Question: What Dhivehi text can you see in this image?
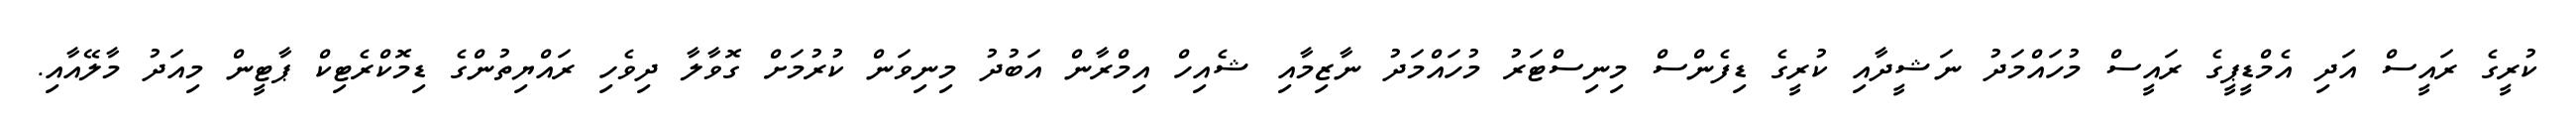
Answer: ކުރީގެ ރައީސް އަދި އެމްޑީޕީގެ ރައީސް މުހައްމަދު ނަޝީދާއި ކުރީގެ ޑިފެންސް މިނިސްޓަރު މުހައްމަދު ނާޒިމާއި ޝެއިހް އިމްރާން އަބުދު މިނިވަން ކުރުމަށް ގޮވާލާ ދިވެހި ރައްޔިތުންގެ ޑިމޮކްރެޓިކް ޕާޓީން މިއަދު މާލޭއާއި.